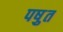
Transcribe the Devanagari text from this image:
पष़ुत